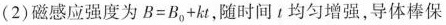
(2)磁感应强度为$$B = B _ { 0 } + k t$$，随时间t均匀增强，导体棒保